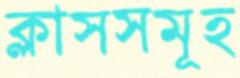
ক্লাসসমূহ